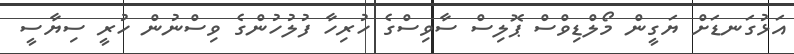
އަޅުގަނޑަށް ޔަގީން މޯލްޑިވްސް ޕޮލިސް ސާވިސްގެ ހުރިހާ ފުލުހުންގެ ވިސްނުން ހުރީ ސިޔާސީ